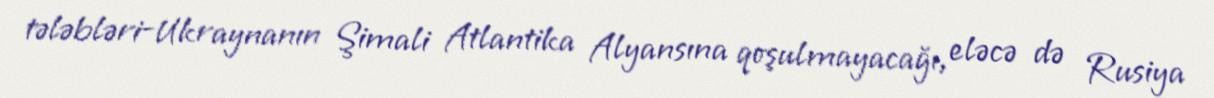
tələbləri-Ukraynanın Şimali Atlantika Alyansına qoşulmayacağı, eləcə də Rusiya